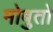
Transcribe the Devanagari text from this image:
मोबुतो